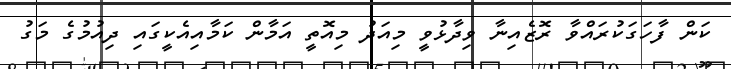
ކަން ފާހަގަކުރައްވާ ރޮޒެއިނާ ވިދާޅުވީ މިއަދު މިއޮތީ އަމާން ކަމާއިއެކީގައި ދިއުމުގެ މަގު